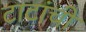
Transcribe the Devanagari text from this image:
टाटांची